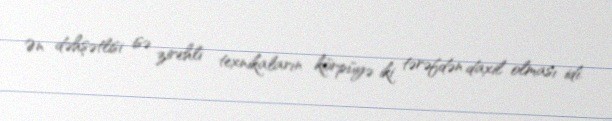
Ən dəhşətlisi isə zirehli texnikaların körpüyə iki tərəfdən daxil olması idi.